Report on horse surra - Volume II, Part I
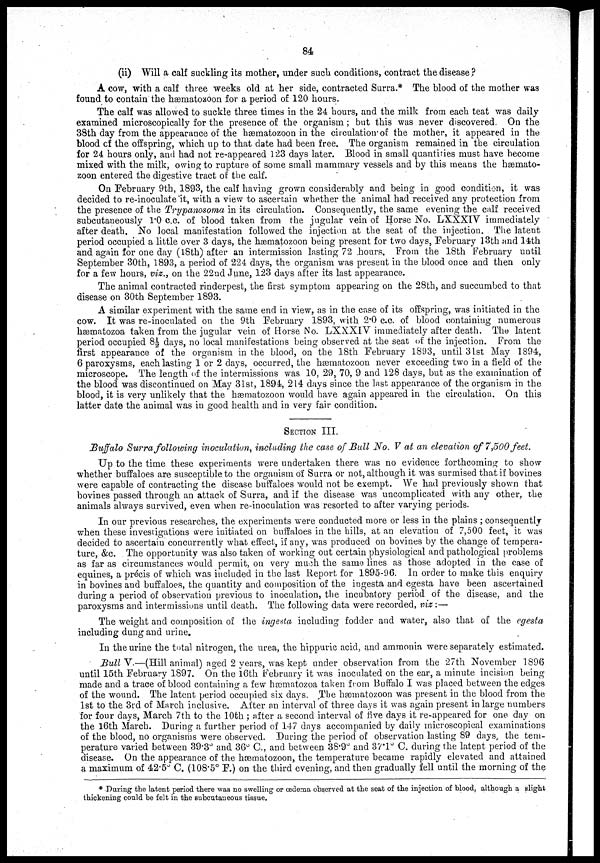
84
(ii) Will a calf suckling its mother, under such conditions, contract the disease ?
A cow, with a calf three weeks old at her side, contracted Surra.* The blood of the mother was
found to contain the hæmatozoon for a period of 120 hours.
The calf was allowed to suckle three times in the 24 hours, and the milk from each teat was daily
examined microscopically for the presence of the organism; but this was never discovered. On the
38th day from the appearance of the hæmatozoon in the circulation of the mother, it appeared in the
blood of the offspring, which up to that date had been free. The organism remained in the circulation
for 24 hours only, and had not re-appeared 123 days later. Blood in small quantities must have become
mixed with the milk, owing to rupture of some small mammary vessels and by this means the hæmato-
zoon entered the digestive tract of: the calf.
On February 9th, 1893, the calf having grown considerably and being in good condition, it was
decided to re-inoculate it, with a view to ascertain whether the animal had received any protection from
the presence of the Trypanosoma in its circulation. Consequently, the same evening the calf received
subcutaneously 1.0 c.c. of blood taken from the jugular vein of Horse No. LXXXIV immediately
after death. No local manifestation followed the injection at the seat of the injection. The latent
period occupied a little over 3 days, the hæmatozoon being present for two days, February 13th and 14th
and again for one day (18th) after an intermission lasting 72 .hours. From the 18th February until
September 30th, 1893, a period of 224 days, the organism was present in the blood once and then only
for a few hours, viz., on the 22nd June, 123 days after its last appearance.
The animal contracted rinderpest, the first symptom appearing on the 28th, and succumbed to that
disease on 30th September 1893.
A similar experiment with the same end in view, as in the case of its offspring, was initiated in the
cow. It was re-inoculated on the 9th February 1893, with 2.0 c.c. of blood containing numerous
hæmatozoa taken from the jugular vein of Horse No. LXXXIV immediately after death. The latent
period occupied 8½ days, no local manifestations being observed at the seat of the injection. From the
first appearance of the organism in the blood, on the 18th February 1893, until 31st May 1894,
6 paroxysms, each lasting 1 or 2 days, occurred, the hæmatozoon never exceeding two in a field of the
microscope. The length of the intermissions was 10, 29, 70, 9 and 128 days, but as the examination of
the blood was discontinued on May 31st, 1894, 214 days since the last appearance of the organism in the
blood, it is very unlikely that the hæmatozoon would have again appeared in the circulation. On this
latter date the animal was in good health and in very fair condition.
SECTION III.
Buffalo Surra following inoculation, including the case of Bull No. V at an elevation of 7,500 feet.
Up to the time these experiments were undertaken there was no evidence forthcoming to show
whether buffaloes are susceptible to the organism of Surra or not, although it was surmised that if bovines
were capable of contracting the disease buffaloes would not be exempt. We had previously shown that
bovines passed through an attack of Surra, and if the disease was uncomplicated with any other, the
animals always survived, even when re-inoculation was resorted to after varying periods.
In our previous researches, the experiments were conducted more or less in the plains ; consequently
when these investigations were initiated on buffaloes in the hills, at an elevation of 7,500 feet, it was
decided to ascertain concurrently what effect, if any, was produced on bovines by the change of tempera-
ture, &c. The opportunity was also taken of working out certain physiological and pathological problems
as far as circumstances would permit, on very much the same lines as those adopted in the case of
equines, a précis of which was included in the last Report for 1895-96. In order to make this enquiry
in bovines and buffaloes, the quantity and composition of the ingesta and egesta have been ascertained
during a period of observation previous to inoculation, the incubatory period of the disease, and the
paroxysms and intermissions until death. The following data were recorded, viz :—
The weight and composition of the ingesta including fodder and water, also that of the egesta
including dung and urine.
In the urine the total nitrogen, the urea, the hippuric acid, and ammonia were separately estimated.
Bull V.—(Hill animal) aged 2 years, was kept under observation from the 27th November 1896
until 15th February 1897. On the 16th February it was inoculated on the ear, a minute incision being
made and a trace of blood containing a few hæmatozoa taken from Buffalo I was placed between the edges
of the wound. The latent period occupied six days. The hæmatozoon was present in the blood from the
1st to the 3rd of March inclusive. After an interval of three days it was again present in large numbers
for four days, March 7th to the 10th ; after a second interval of five days it re-appeared for one day on
the 16th March. During a further period of 147 days accompanied by daily microscopical examinations
of the blood, no organisms were observed. During the period of observation lasting 89 days, the tem-
perature varied between 39.3° and 36° C., and between 38.9° and 37.1° C. during the latent period of the
disease. On the appearance of the hæmatozoon, the temperature became rapidly elevated and attained
a maximum of 42.5° C. (108.5° F.) on the third evening, and then gradually fell until the morning of the
* During the latent period there was no swelling or œdema observed at the seat of the injection of blood, although a slight
thickening could be felt in the subcutaneous tissue.